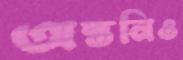
অন্তনিও